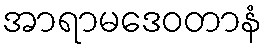
အာရာမဒေဝတာနံ